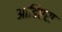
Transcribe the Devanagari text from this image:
आडिएंस